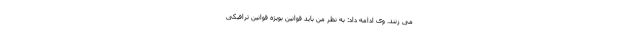
می زنند. وی ادامه داد: به نظر من باید قوانین بویژه قوانین ترافیکی